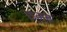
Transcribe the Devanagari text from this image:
छ्म्ब